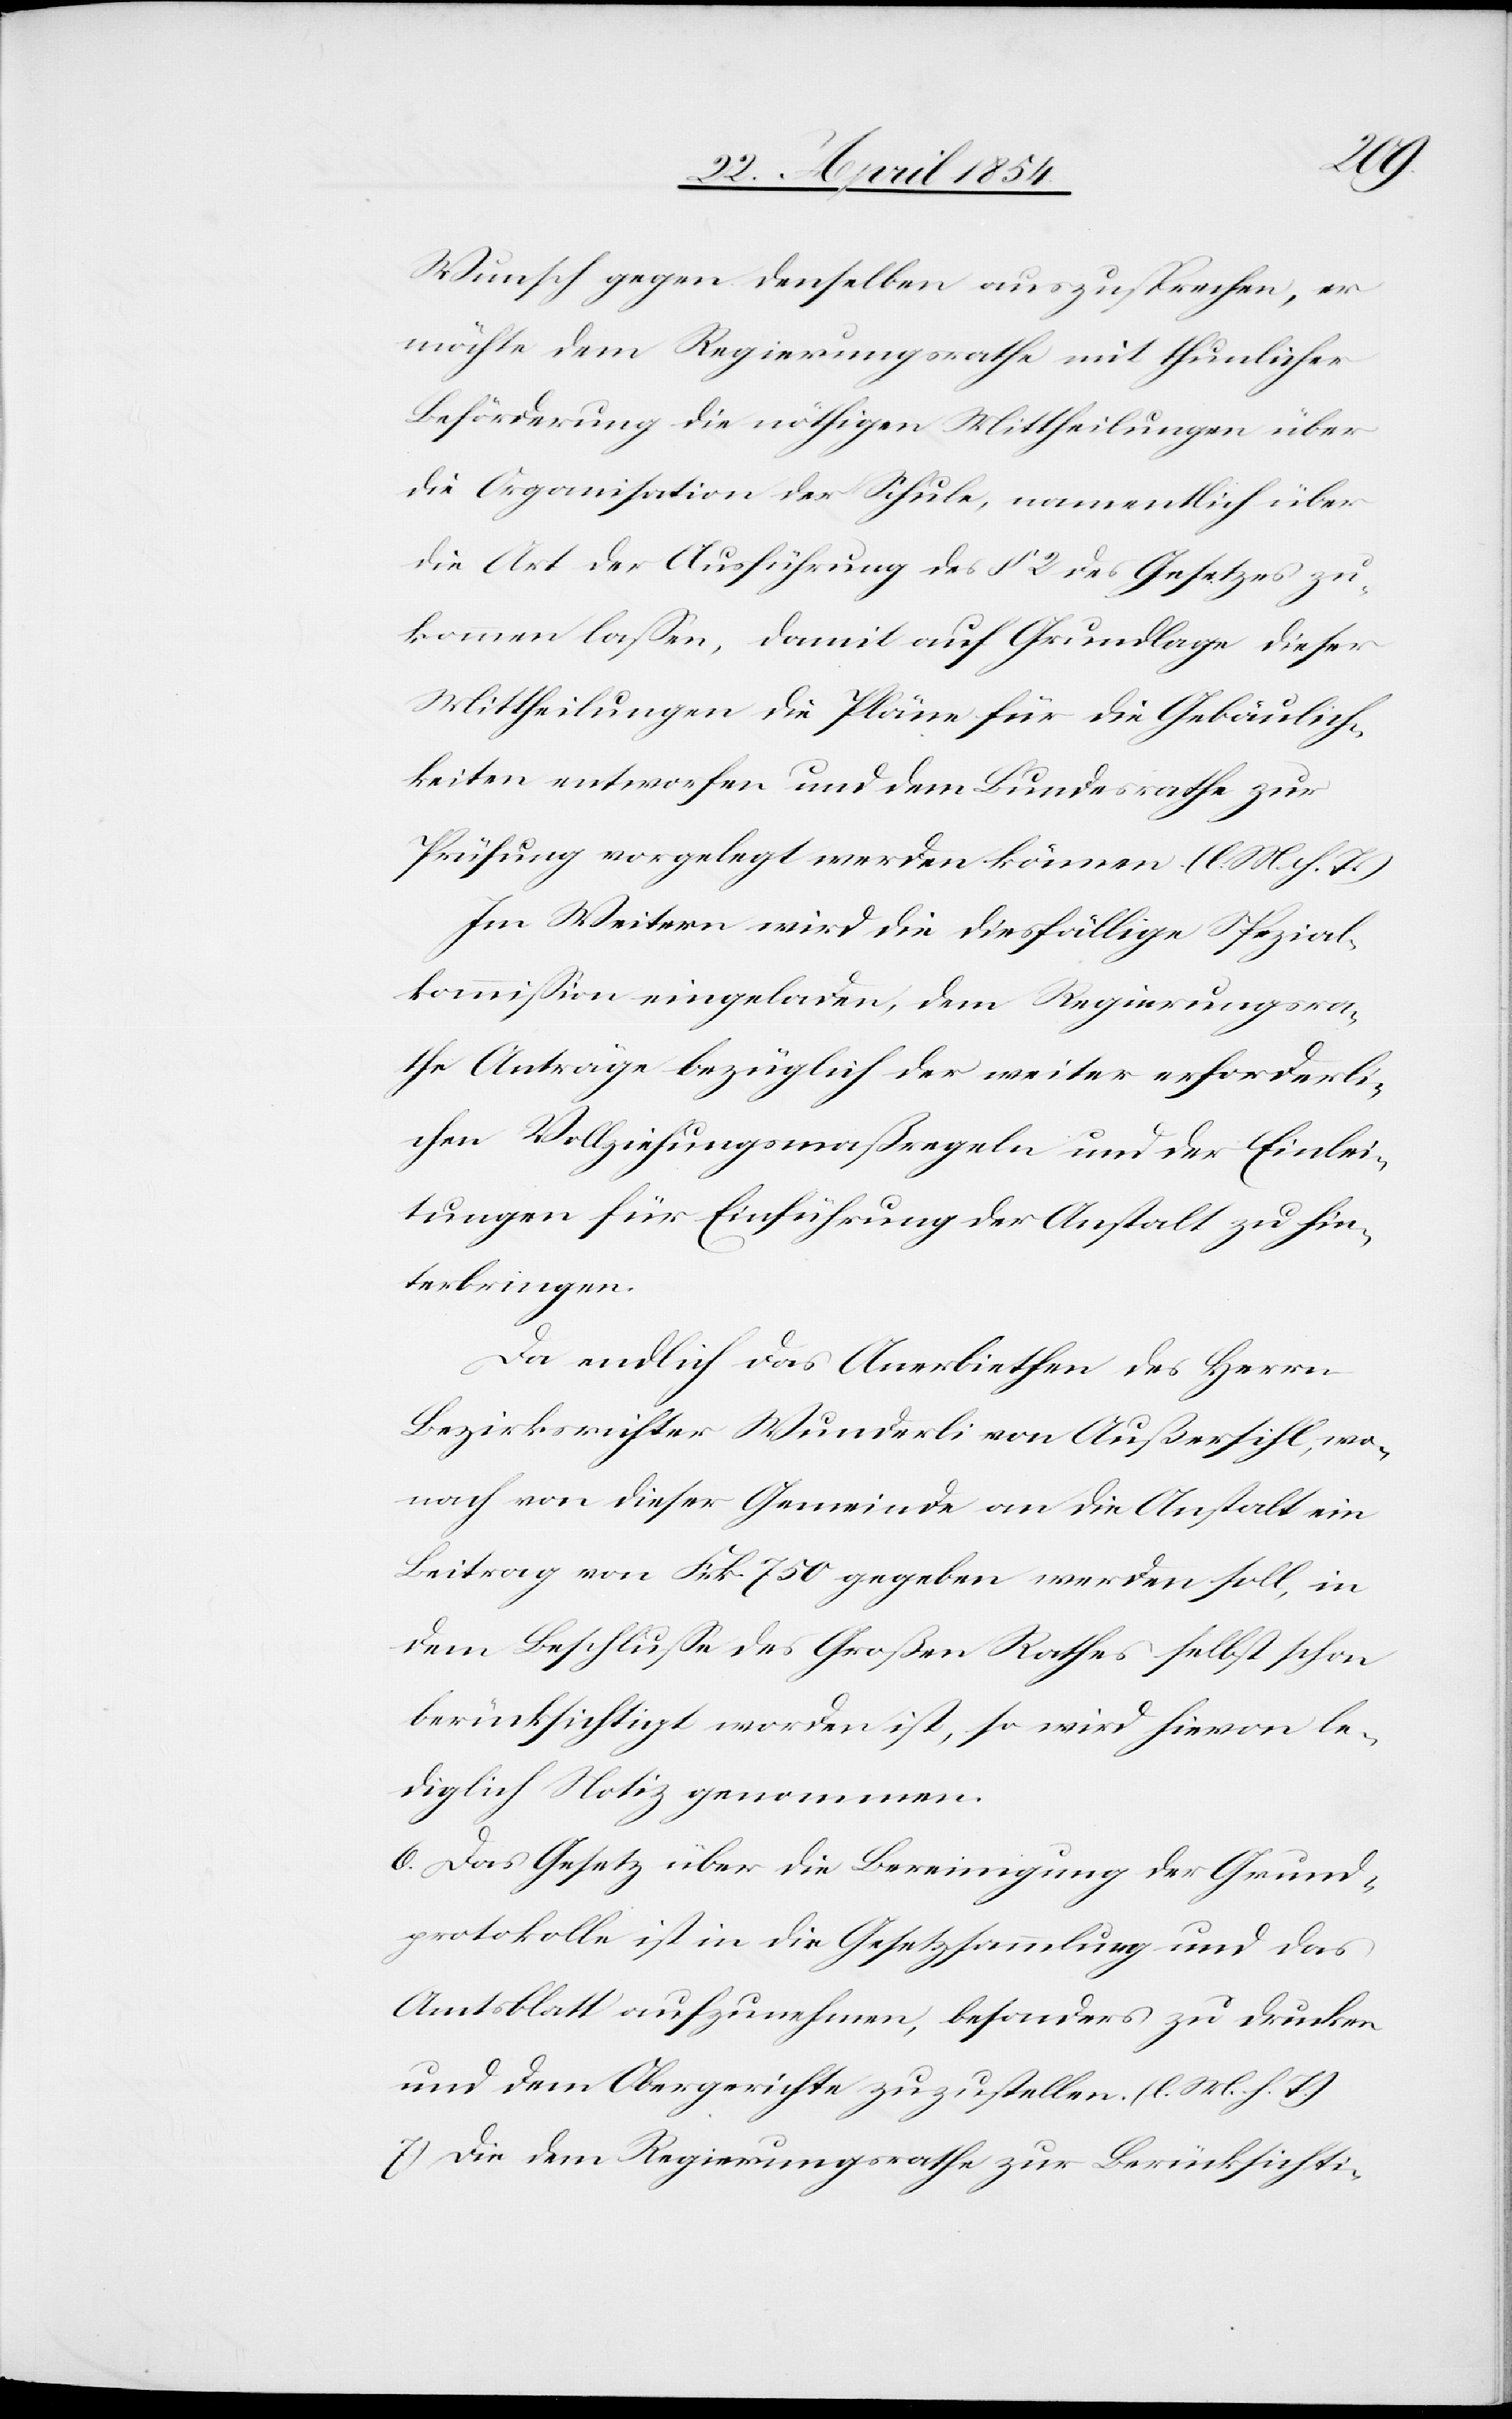
Wunsch gegen denselben auszusprechen, er
möchte dem Regierungsrathe mit thunlicher
Beförderung die nöthigen Mittheilungen über
die Art der Ausführung des § 2 des Gesetzes zu¬
kommen laßen, damit auf Grundlage dieser
Mittheilungen die Pläne für die Gebäulich¬
keiten entworfen und dem Bundesrathe zur
Prüfung vorgelegt werden können. (l. M. h. T.)
Im Weitern wird die diesfällige Spezial¬
kommißion eingeladen, dem Regierungsra¬
the Anträge bezüglich der weiter erforderli¬
chen Vollziehungsmaßregeln und der Einlei¬
tungen für Einführung der Anstalt zu hin¬
terbringen.
Da endlich das Anerbiethen des Herrn
Bezirksrichter Wunderli von Außersihl, wo¬
nach von dieser Gemeinde an die Anstalt ein
Beitrag von Frk. 750 gegeben werden soll, in
dem Beschluße des Großen Rathes selbst schon
berücksichtigt worden ist, so wird hievon le¬
diglich Notiz genommen.
6.) Das Gesetz über die Bereinigung der Grund¬
protokolle ist in die Gesetzsammlung und das
Amtsblatt aufzunehmen, besonders zu drucken
und dem Obergerichte zuzustellen. (l. M. h. T.)
7.) Die dem Regierungsrathe zur Berücksichti-